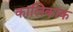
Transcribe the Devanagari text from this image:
कालिकाक